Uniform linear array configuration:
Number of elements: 48
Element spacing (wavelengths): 0.25
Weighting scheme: exponential
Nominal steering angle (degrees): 15
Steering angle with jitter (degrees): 15.956
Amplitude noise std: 0.05
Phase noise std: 0.05

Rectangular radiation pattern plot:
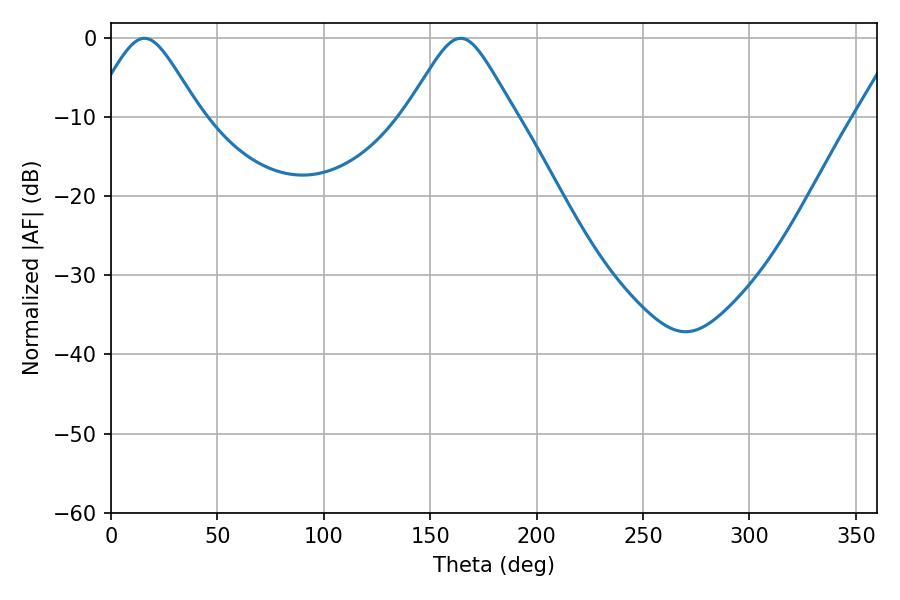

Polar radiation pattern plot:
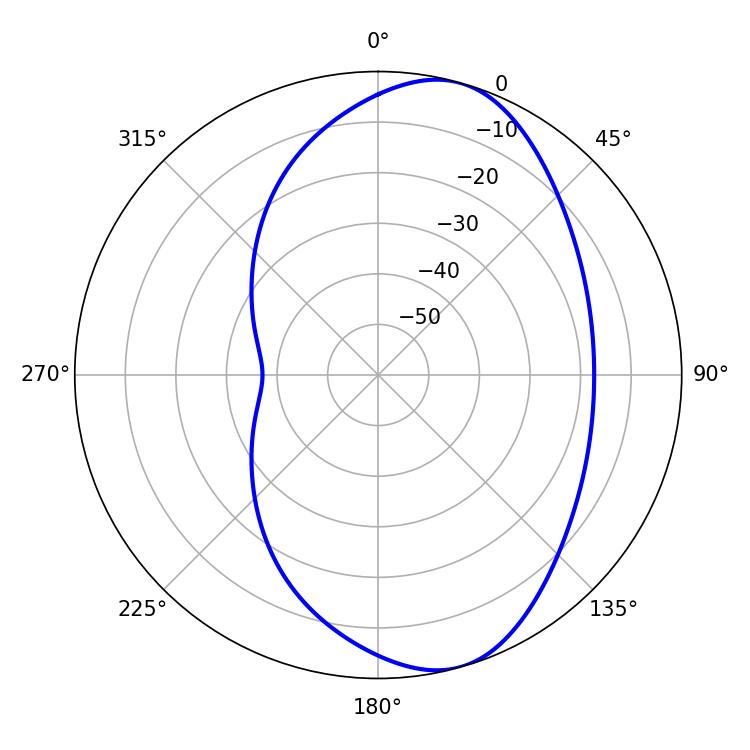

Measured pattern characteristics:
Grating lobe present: FALSE
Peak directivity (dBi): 8.202
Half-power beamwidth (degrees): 24.48
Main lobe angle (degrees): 15.66